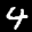
Label: 4